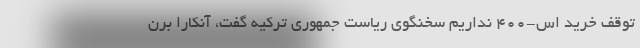
توقف خرید اس-۴۰۰ نداریم سخنگوی ریاست جمهوری ترکیه گفت، آنکارا برن